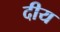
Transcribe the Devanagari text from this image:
दीय